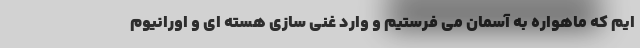
ایم که ماهواره به آسمان می فرستیم و وارد غنی سازی هسته ای و اورانیوم